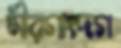
মীরগাংদগ